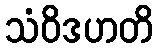
သံဝိဒဟတိ